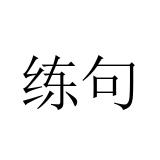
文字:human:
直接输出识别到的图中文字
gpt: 练句